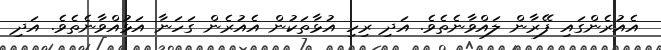
އެއުރެންގައި ފޭރާން ލައްވާނެތެވެ. އަދި ރިހި އުޅާތަކުން އެއުރެން ގަހަނާ އަޅުއްވާނެތެވެ. އަދި